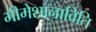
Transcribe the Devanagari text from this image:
भीमेशानाविति